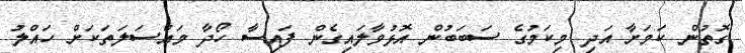
ގޮތުން ކަމަށާ އަދި މިކަމުގެ ސަބަބުން އޮޅުވާލައިގެން ފައިސާ ހޯދާ މައްސަލަތަކަށް ހައްލު